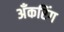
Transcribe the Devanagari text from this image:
अँकरिंग